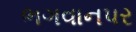
ભગવાનપર